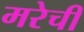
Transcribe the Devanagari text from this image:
मरेची